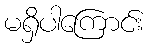
မရှိပါကြောင်း